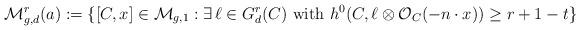
LaTeX: \begin{align*}\mathcal{M}_{g,d}^r(a) := \{[C,x] \in \mathcal{M}_{g,1} : \exists \, \ell\in G^r_d(C) \,\,\mbox{with}\,\, h^0(C,\ell\otimes \mathcal{O}_C(-n\cdot x))\geq r+1-t \}\end{align*}